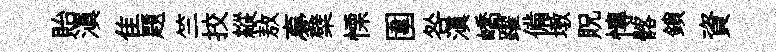
貽滇隹題竺挍縱敖夣檗慄圍咎滇嶠躍備墩貺慱髂鎖資